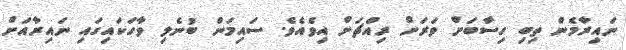
ނައިރާމެން ތިބި ހިސާބަށް ވަރަށް ރިއްޗަށް އިވެއެވެ. ސައިމަން ބުނެލި ވާހަކައިގައި ނައިރާއަށް